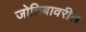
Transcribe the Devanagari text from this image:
जोतिबावरील